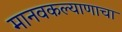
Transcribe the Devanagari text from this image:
मानवकल्याणाचा